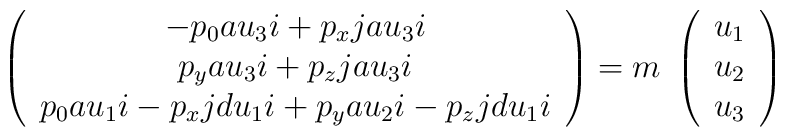
\left( \begin{array}{c}-p_{0}au_{3}i+p_{x}jau_{3}i\\p_{y}au_{3}i+p_{z}jau_{3}i\\p_{0}au_{1}i-p_{x}jdu_{1}i+p_{y}au_{2}i-p_{z}jdu_{1}i\end{array} \right) = m \; \left( \begin{array}{c}u_{1}\\ u_{2}\\ u_{3} \end{array} \right)